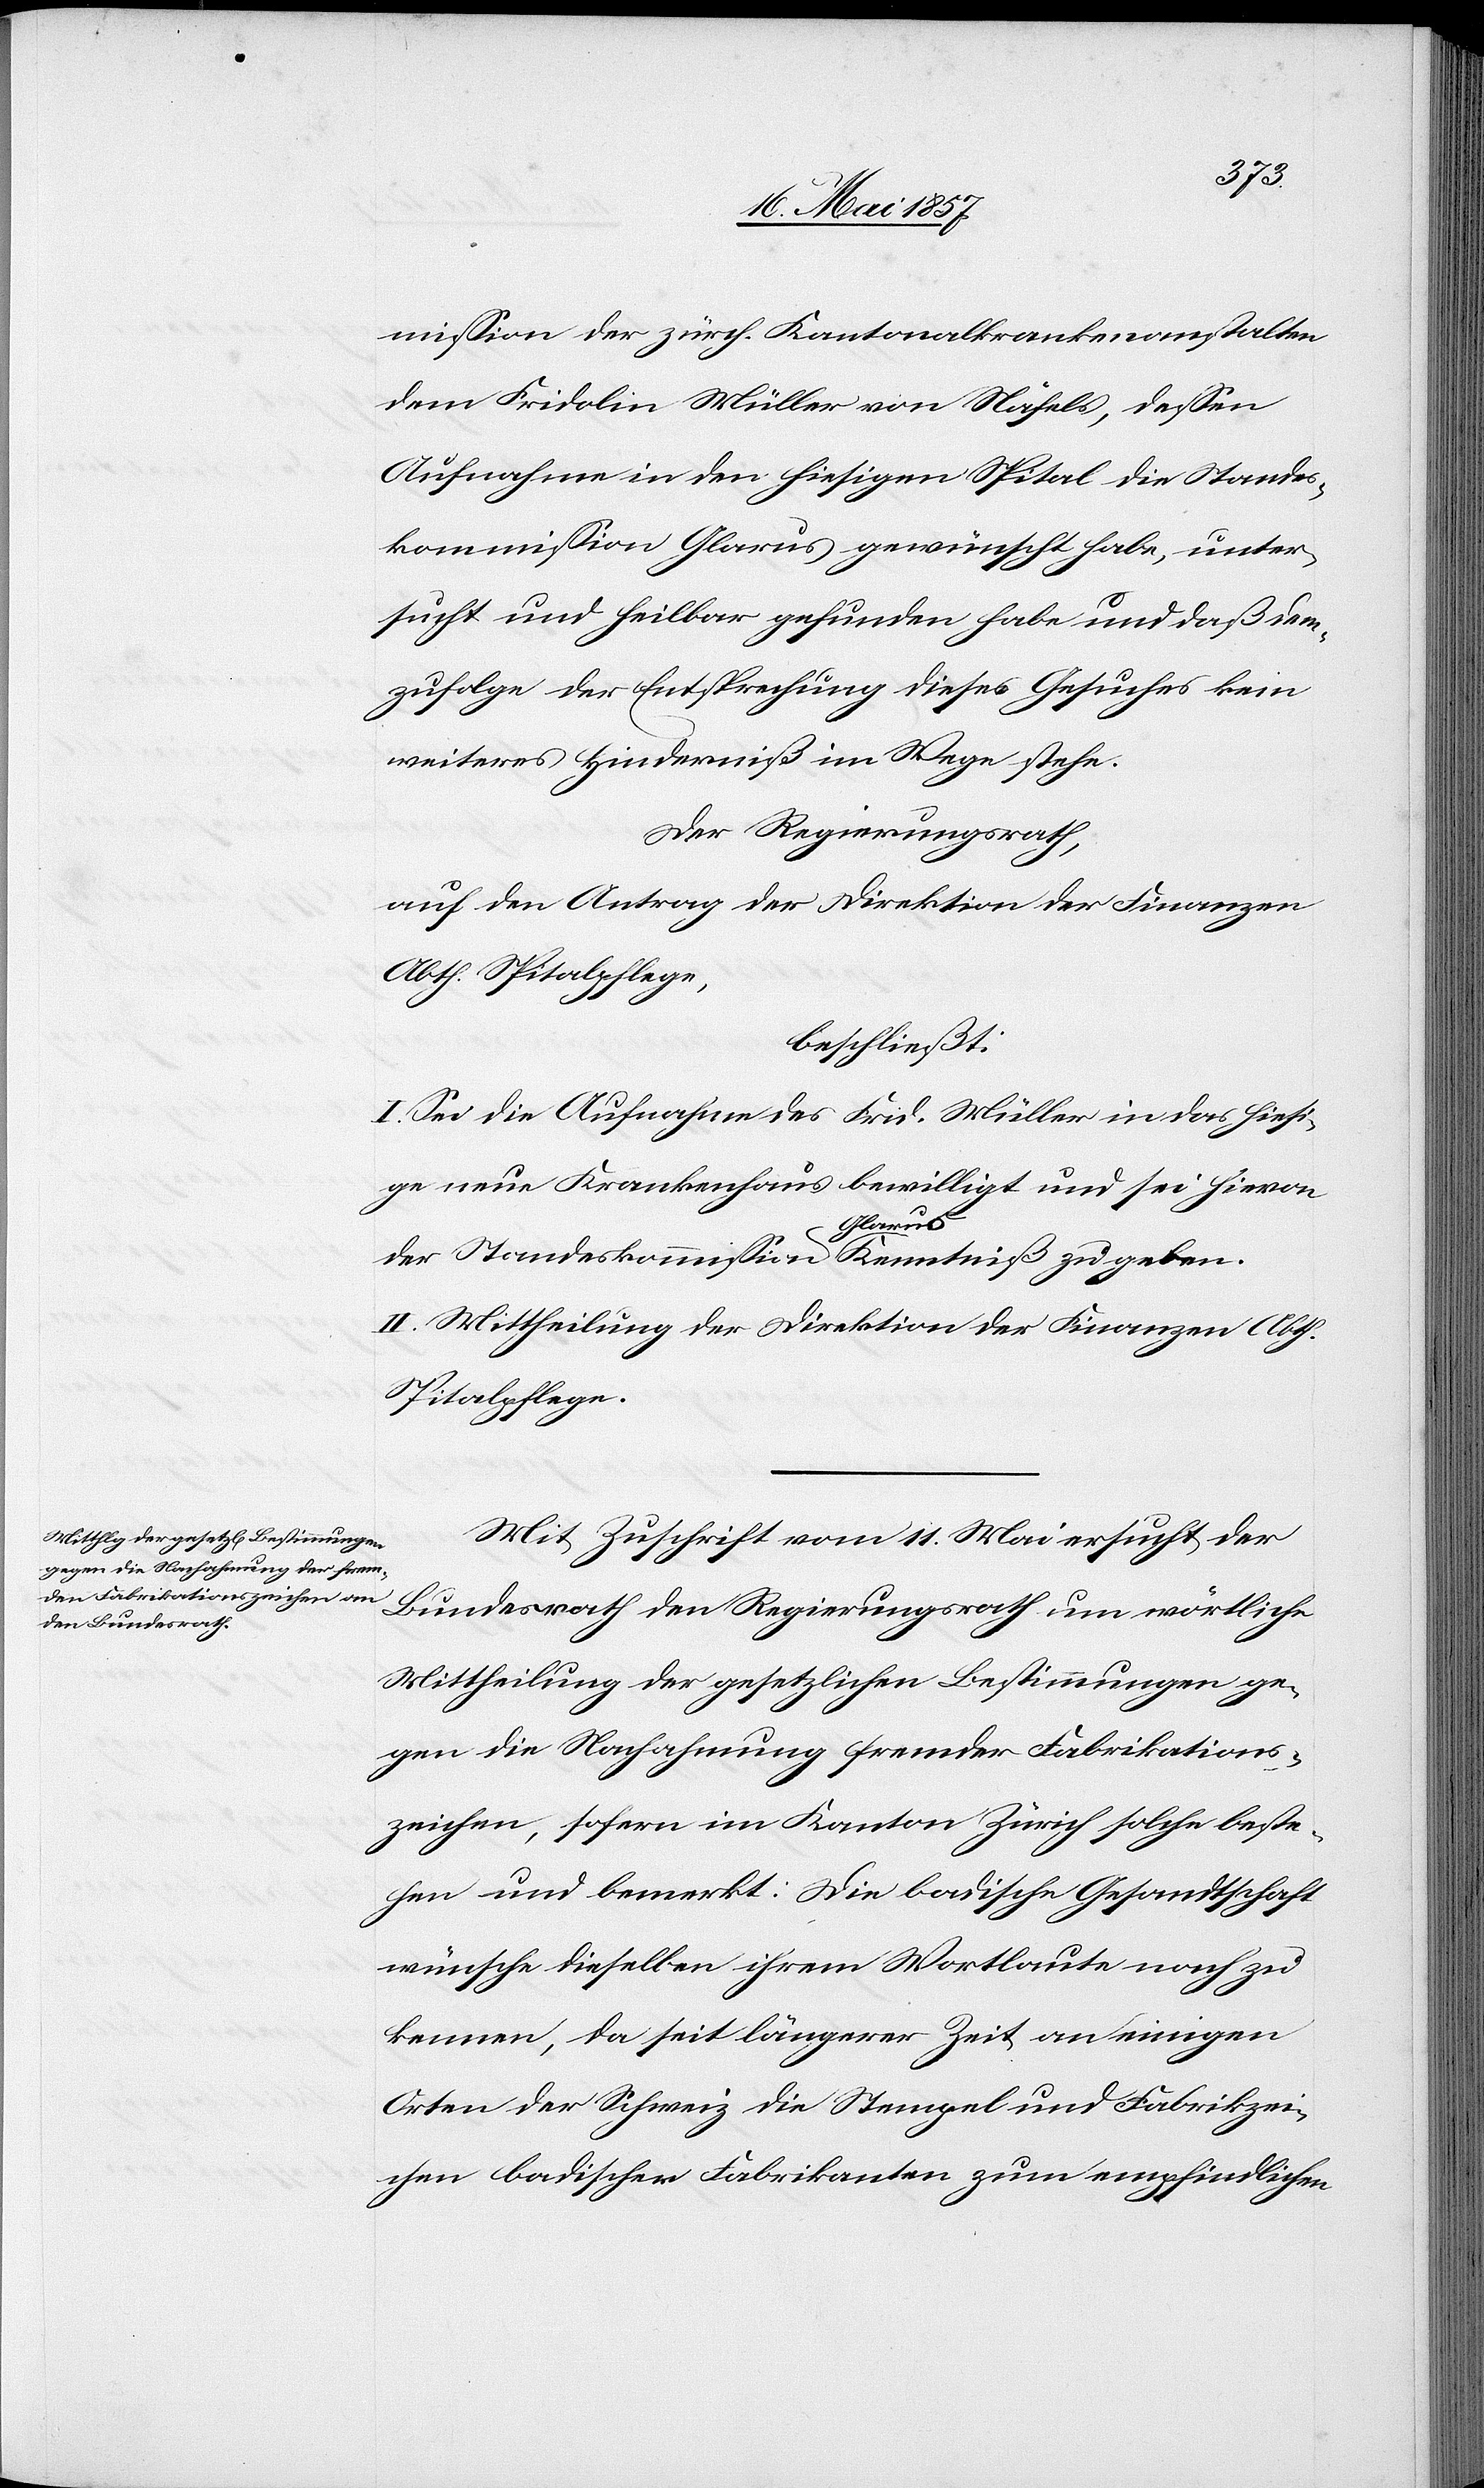
mission der zürch. Kantonalkrankenanstalten
dem Fridolin Müller von Näfels, dessen
Aufnahme in den hiesigen Spital die Standes¬
kommission Glarus gewünscht habe, unter¬
sucht und heilbar gefunden habe und daß dem¬
zufolge der Entsprechung dieses Gesuches kein
weiteres Hinderniß im Wege stehe.
Der Regierungsrath,
auf den Antrag der Direktion der Finanzen,
Abth. Spitalpflege,
beschließt:
I. Sei die Aufnahme des Frid. Müller in das hiesi¬
ge neue Krankenhaus bewilligt und sei hievon
der Standeskommission Glarus Kenntniß zu geben.
II. Mittheilung der Direktion der Finanzen Abth.
Spitalpflege.
Mit Zuschrift vom 11 Mai ersucht der
Bundesrath den Regierungsrath um wörtliche
Mittheilung der gesetzlichen Bestimmungen ge¬
gen die Nachahmung fremder Fabrikations¬
zeichen, sofern im Kanton Zürich solche beste¬
hen und bemerkt: Die badische Gesandtschaft
wünsche dieselben ihrem Wortlaute nach zu
kennen, da seit längerer Zeit an einigen
Orten der Schweiz die Stempel und Fabrikzei¬
chen badischer Fabrikanten zum empfindlichen